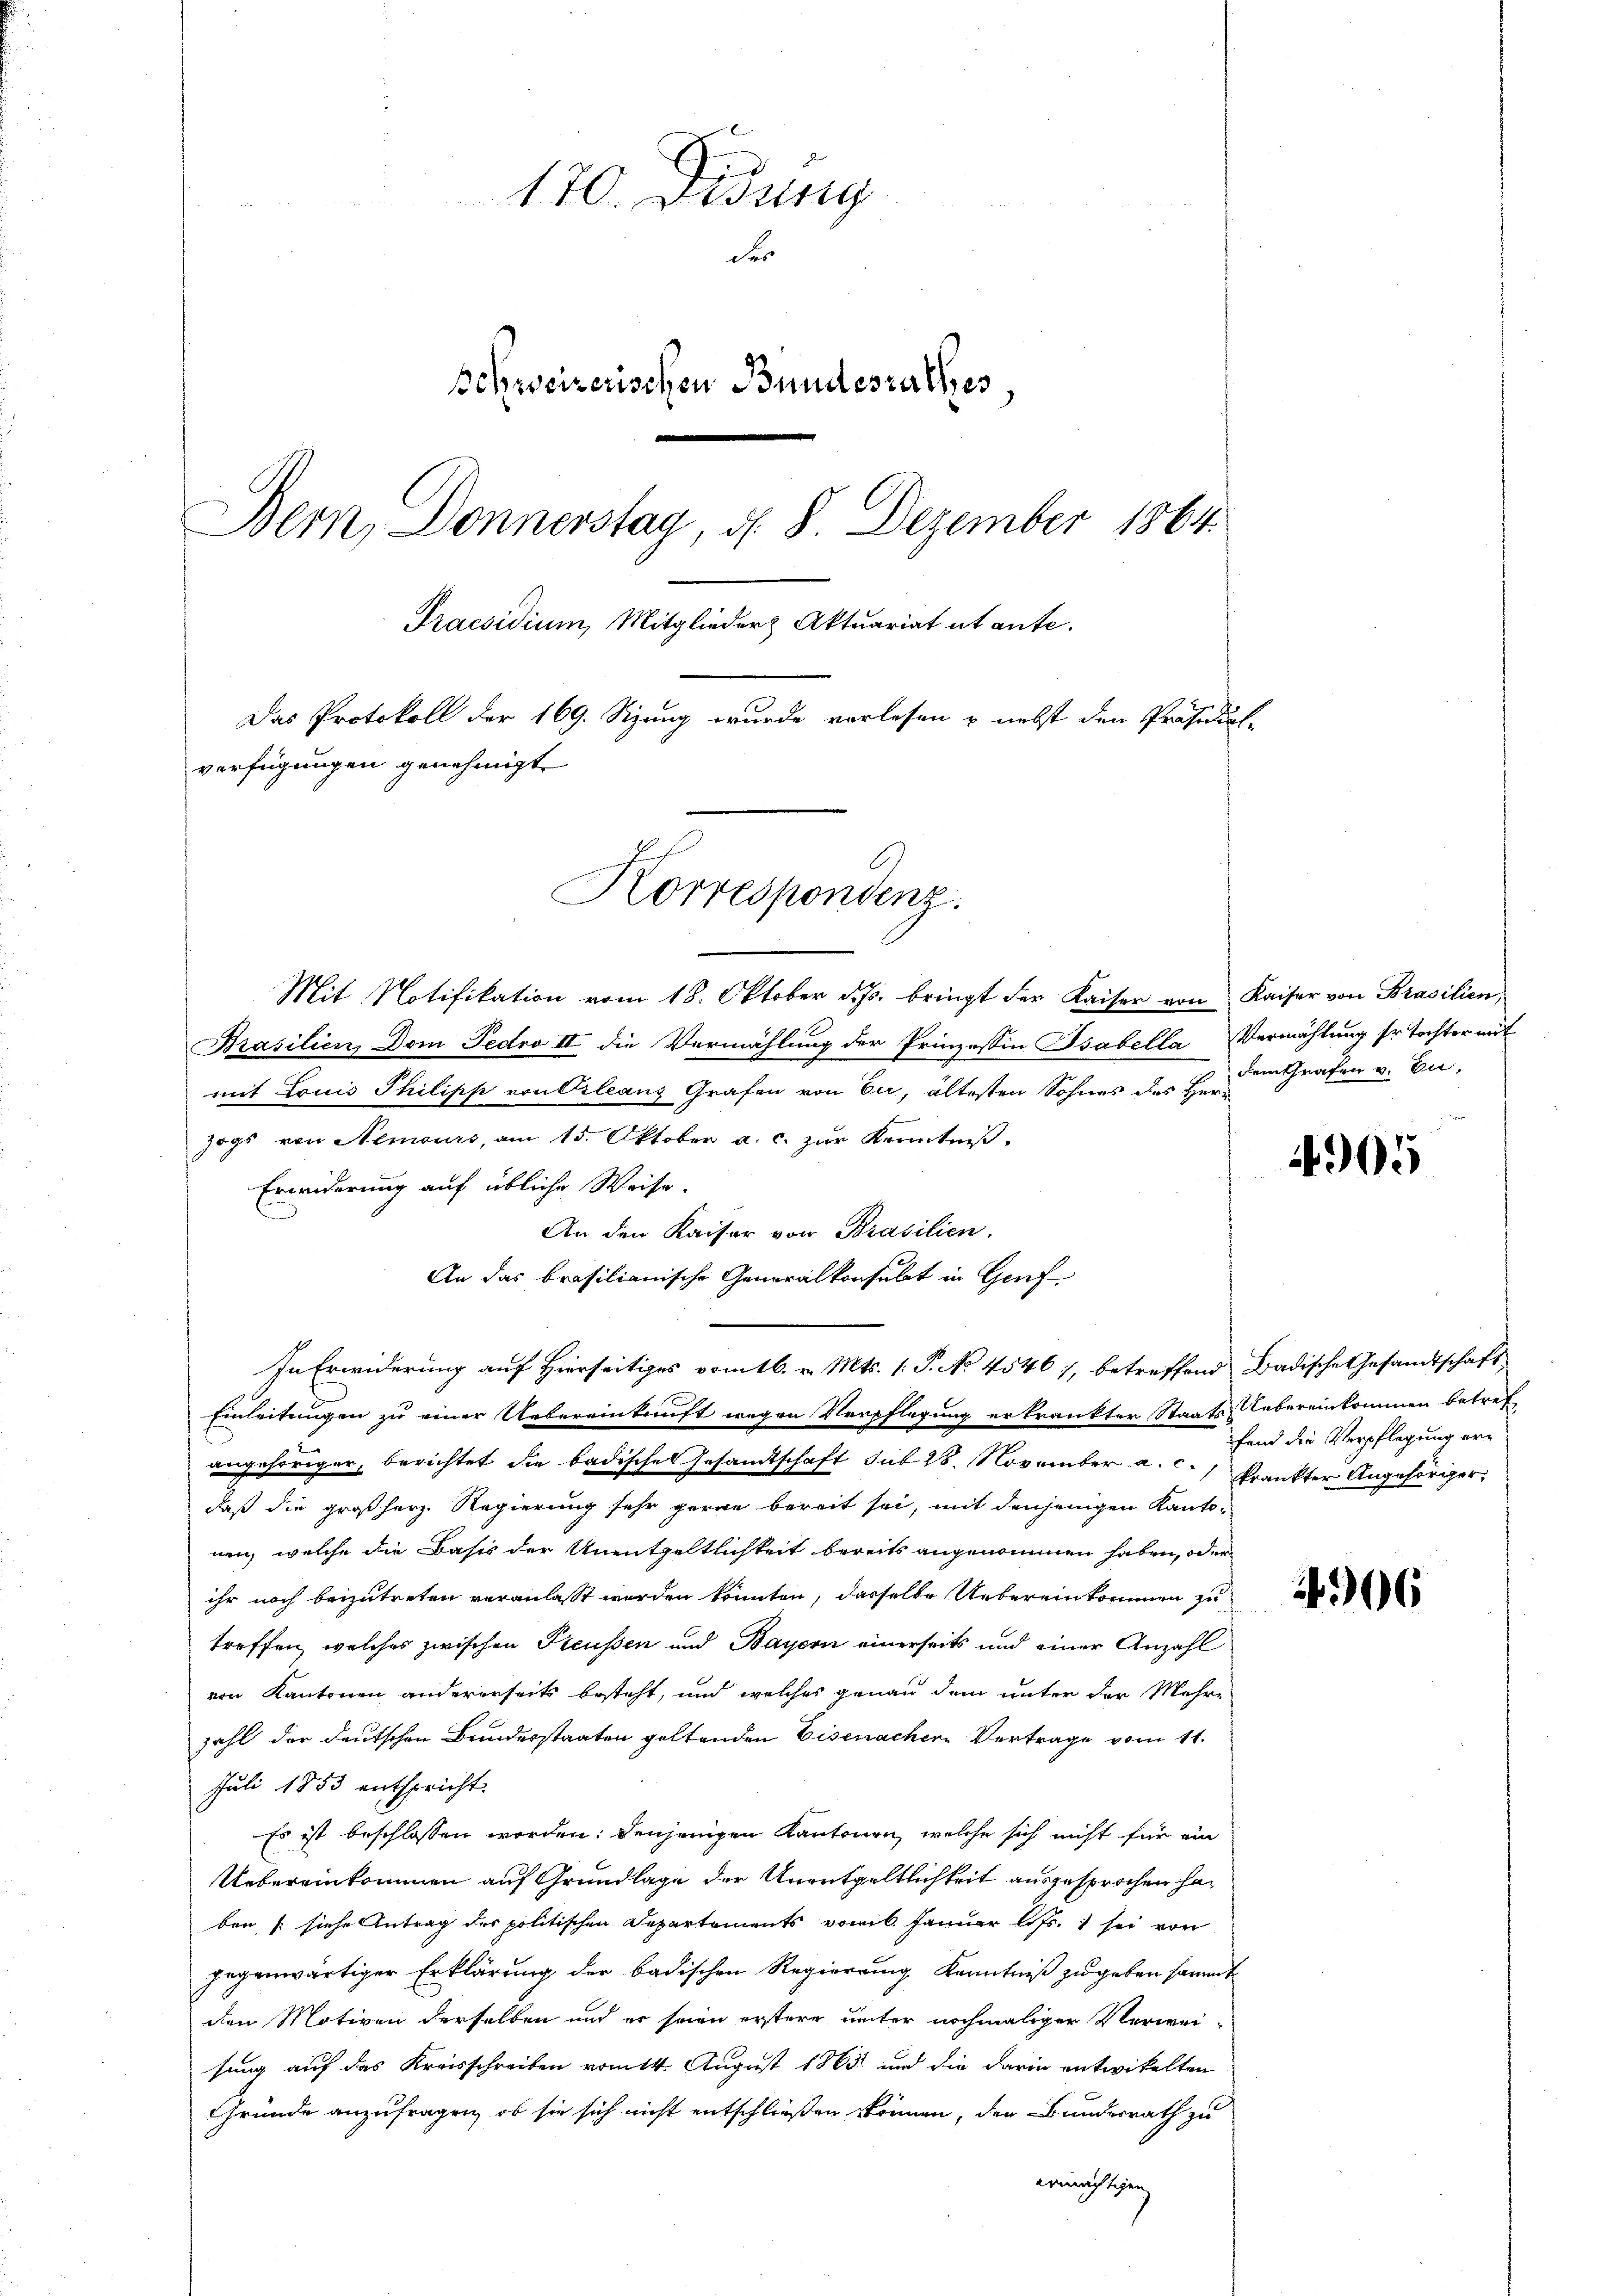
170. Didung
der
Schweizerischen Bundesrathes
Bern, Donnerstag, d. 8. Dezember 1864
Praesidium Mitglieder Aktuariat et aufe.
Das Protokoll der 169. Sizung wurde verlesen & nebst den Präsidial-
verfügungen genehmigt
Korrespondenz.

Mit Notifikation vom 18. Oktober d. Js. bringt der Kaiser von Kaiser von Brasilien,
Brasilien, Dom Fedro II die Vermählung der Prinzessin Tsabella Vermählung sr Tochter mit
mit Louis Philipp von Orleans Grafen von Eu, ältesten Sohnes des Herzogs von Nemours, am 15. Oktober a. c. zur Kenntniß.
Erwiderung auf übliche Weise.
An den Kaiser von Brasilien.
An das brasilianische Generalkonsulat in Genf
In Erwiderung auf Hierseitiges vom 16. v. Mts. (: P. No 4546), betreffend Badische Gesandtschaft
Einleitungen zu einer Uebereinkunft wegen Verpflegung erkrankter Staats-Uebereinkommen betref
angehöriger, berichtet die badische Gesandtschaft sub 28. November a. c.) Krankter Angehöriger
daß die großherz. Regierung sehr gerne bereit sei, mit denjenigen Kantonen, welche die Basis der Unentgeltlichkeit bereits angenommen haben, oder
ihr noch beizutreten veranlasst worden könnten, dasselbe Uebereinkommen zu
treffen, welches zwischen Preussen und Bayern einerseits und einer Anzahl
von Kantonen andererseits besteht, und welches genau dem unter der Mehre
zahl der deutschen Bundesstaaten geltenden Eisenachere Vertrage vom 11.
Juli 1853 entspricht.
Es ist beschlossen worden; denjenigen Kantonen, welche sich nicht für ein
Uebereinkommen auf Grundlage der Unentgeltlichkeit ausgesprochen haben (siehe Antrag des politischen Departements vom 6. Januar l. Js. sei von
gegenwärtiger Erklärung der badischen Regierung Kenntniß zu geben sammt
den Motiven derselben und er seien erstere unter nochmaliger Verwei-
sung auf das Kreisschreiben vom 14. August 1865 und die darin entwickelten
Gründe anzufragen, ob sie sich nicht entschließen können, der Bundesrath zu
ermächtigen

dem Grafen v. En

4905

fand die Verpflegung er¬

4906